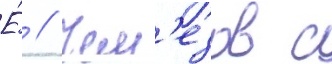
Е́ // Чем'езов с